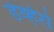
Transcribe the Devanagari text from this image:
डेव्हेरो